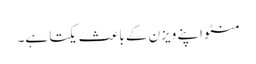
منٹو اپنے ویزن کے باعث یکتا ہے۔